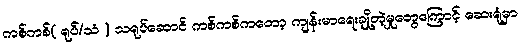
ကစ်ကစ်( ရုပ်/သံ ) သရုပ်ဆောင် ကစ်ကစ်ကတော့ ကျန်းမာရေးချို့တဲ့မှုတွေကြောင့် ဆေးရုံမှာ